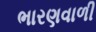
ભારણવાળી